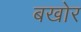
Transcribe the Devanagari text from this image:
बखोर